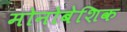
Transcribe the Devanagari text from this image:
मोनोबेशिक